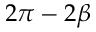
2 \pi - 2 \beta